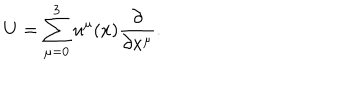
U = \sum _ { \mu = 0 } ^ { 3 } u ^ { \mu } ( x ) \frac { \partial } { \partial x ^ { \mu } } .